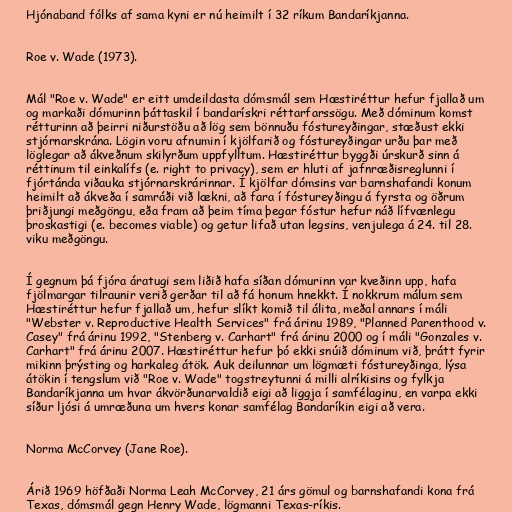
Hjónaband fólks af sama kyni er nú heimilt í 32 ríkum Bandaríkjanna.

Roe v. Wade (1973).

Mál "Roe v. Wade" er eitt umdeildasta dómsmál sem Hæstiréttur hefur fjallað um
og markaði dómurinn þáttaskil í bandarískri réttarfarssögu. Með dóminum komst
rétturinn að þeirri niðurstöðu að lög sem bönnuðu fóstureyðingar, stæðust ekki
stjórnarskrána. Lögin voru afnumin í kjölfarið og fóstureyðingar urðu þar með
löglegar að ákveðnum skilyrðum uppfylltum. Hæstiréttur byggði úrskurð sinn á
réttinum til einkalífs (e. right to privacy), sem er hluti af jafnræðisreglunni í
fjórtánda viðauka stjórnarskrárinnar. Í kjölfar dómsins var barnshafandi konum
heimilt að ákveða í samráði við lækni, að fara í fóstureyðingu á fyrsta og öðrum
þriðjungi meðgöngu, eða fram að þeim tíma þegar fóstur hefur náð lífvænlegu
þroskastigi (e. becomes viable) og getur lifað utan legsins, venjulega á 24. til 28.
viku meðgöngu.

Í gegnum þá fjóra áratugi sem liðið hafa síðan dómurinn var kveðinn upp, hafa
fjölmargar tilraunir verið gerðar til að fá honum hnekkt. Í nokkrum málum sem
Hæstiréttur hefur fjallað um, hefur slíkt komið til álita, meðal annars í máli
"Webster v. Reproductive Health Services" frá árinu 1989, "Planned Parenthood v.
Casey" frá árinu 1992, "Stenberg v. Carhart" frá árinu 2000 og í máli "Gonzales v.
Carhart" frá árinu 2007. Hæstiréttur hefur þó ekki snúið dóminum við, þrátt fyrir
mikinn þrýsting og harkaleg átök. Auk deilunnar um lögmæti fóstureyðinga, lýsa
átökin í tengslum við "Roe v. Wade" togstreytunni á milli alríkisins og fylkja
Bandaríkjanna um hvar ákvörðunarvaldið eigi að liggja í samfélaginu, en varpa ekki
síður ljósi á umræðuna um hvers konar samfélag Bandaríkin eigi að vera.

Norma McCorvey (Jane Roe).

Árið 1969 höfðaði Norma Leah McCorvey, 21 árs gömul og barnshafandi kona frá
Texas, dómsmál gegn Henry Wade, lögmanni Texas-ríkis.